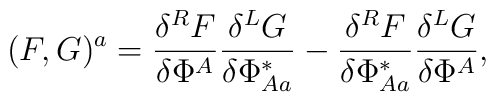
(F,G)^a = \frac{\delta^R F}{\delta\Phi^A}\frac{\delta^L G}{\delta\Phi^*_{Aa}}-\frac{\delta^R F}{\delta\Phi^*_{Aa}}\frac{\delta^L G}{\delta\Phi^A},